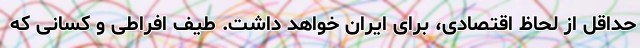
حداقل از لحاظ اقتصادی، برای ایران خواهد داشت. طیف افراطی و کسانی که